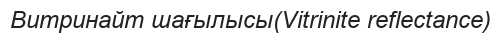
Витринайт шағылысы(Vitrinite reflectance)